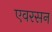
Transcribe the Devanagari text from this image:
एवरसन